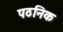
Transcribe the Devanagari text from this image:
पठनिक